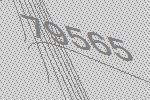
79565